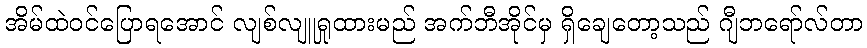
အိမ်ထဲဝင်ပြောရအောင် လျစ်လျူရှုထားမည် အက်ဘီအိုင်မှ ရှိချေတော့သည် ဂျီဘရော်လ်တာ